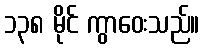
၁၃၈ မိုင် ကွာဝေးသည်။